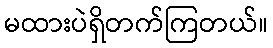
မထားပဲရှိတက်ကြတယ်။